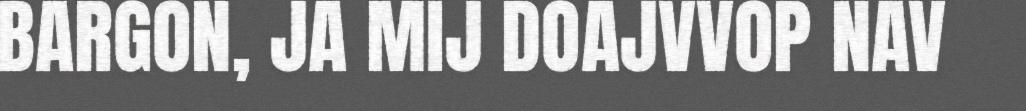
BARGON, JA MIJ DOAJVVOP NAV